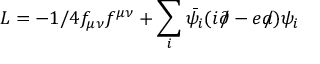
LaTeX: L = - 1 / 4 f _ { \mu \nu } f ^ { \mu \nu } + \sum _ { i } \bar { \psi _ { i } } ( i \partial \! \! \! / - e a \! \! \! / ) \psi _ { i }